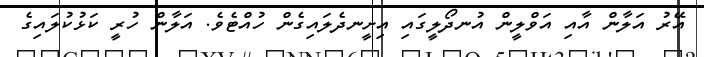
އޭރު އަލާން އާއި އަވްލީން އުނދޯލީގައި އިށީނދެލައިގެން ހުއްޓެވެ. އަލާން ހުރީ ކަޅުކުލައިގެ